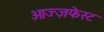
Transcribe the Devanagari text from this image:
ओज्ज़फेस्ट